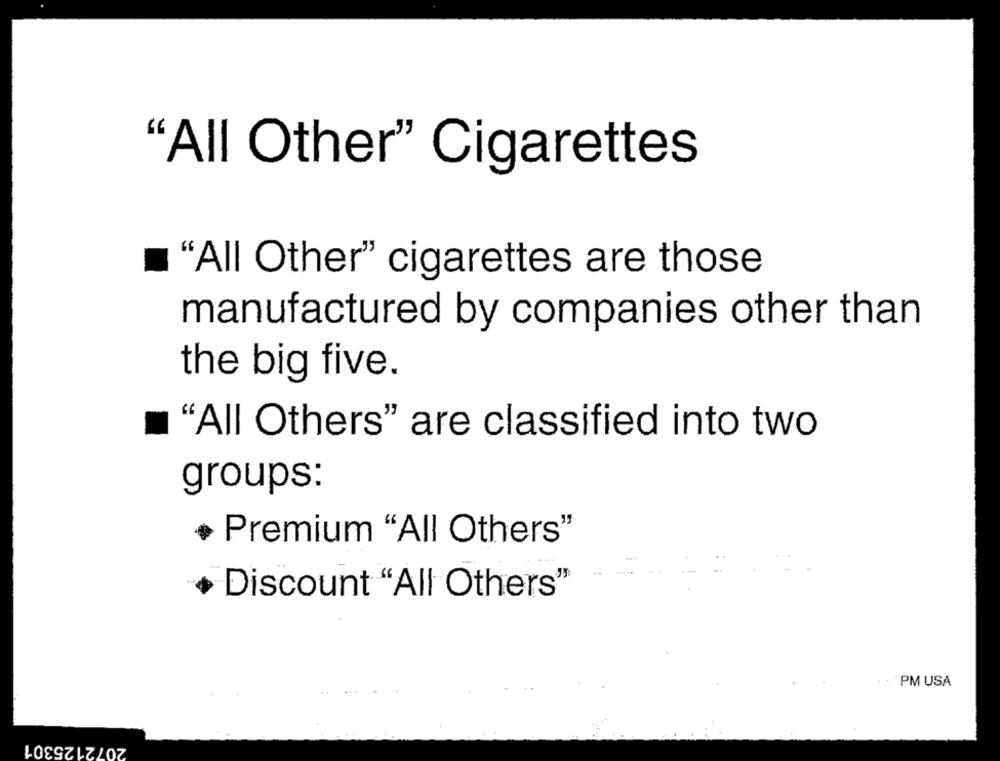
"All Other" Cigarettes
"All Other" cigarettes are those
manufactured by companies other than
the big five.
"All Others" are classified into two
groups:
Premium "All Others"
+ Discount "All Others"
PM USA
2072125301